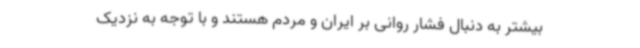
بیشتر به دنبال فشار روانی بر ایران و مردم هستند و با توجه به نزدیک